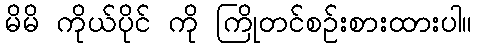
မိမိ ကိုယ်ပိုင် ကို ကြိုတင်စဉ်းစားထားပါ။